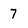
Character: 7